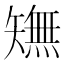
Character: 𱳥